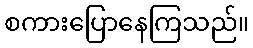
စကားပြောနေကြသည်။